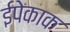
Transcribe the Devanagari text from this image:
ईपेकाक